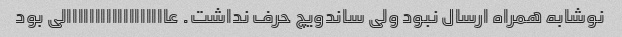
نوشابه همراه ارسال نبود ولی ساندویچ حرف نداشت. عاااااااااااااااااالی بود